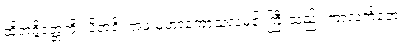
ထိုအဂ္ဂိဒတ္တကို။ ပိတရိ၊ အဖ မဟာကောသလမင်းကြီးသည်။ ကာလင်္ကတေ၊